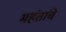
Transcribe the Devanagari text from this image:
महंतांचे